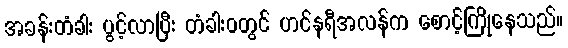
အခန်းတံခါး ပွင့်လာပြီး တံခါးဝတွင် ဟင်နရီအလန်က စောင့်ကြိုနေသည်။